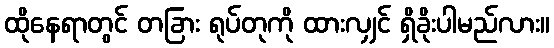
ထိုနေရာတွင် တခြား ရုပ်တုကို ထားလျှင် ရှိခိုးပါမည်လား။